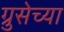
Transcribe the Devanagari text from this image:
ग्रुसेच्या